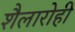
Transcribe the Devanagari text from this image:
शैलारोही